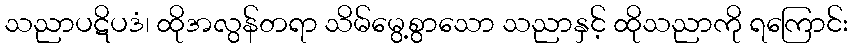
သညာပဋိပဒံ၊ ထိုအလွန်တရာ သိမ်မွေ့စွာသော သညာနှင့် ထိုသညာကို ရကြောင်း